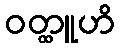
ဝတ္ထူဟိ